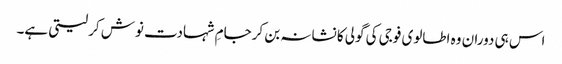
اس ہی دوران وہ اطالوی فوجی کی گولی کا نشانہ بن کرجامِ شہادت نوش کر لیتی ہے۔